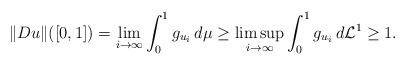
LaTeX: \begin{align*}\Vert Du\Vert([0,1])=\lim_{i\to\infty}\int_0^1g_{u_i}\,d\mu\ge \limsup_{i\to\infty}\int_0^1g_{u_i}\,d\mathcal L^1\ge 1.\end{align*}